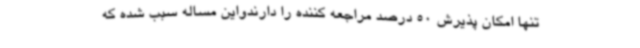
تنها امکان پذیرش 50 درصد مراجعه کننده را دارندواین مساله سبب شده که